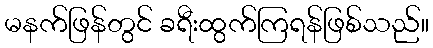
မနက်ဖြန်တွင် ခရီးထွက်ကြရန်ဖြစ်သည်။